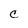
Character: C